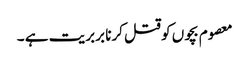
معصوم بچوں کو قتل کرنا بربریت ہے ۔